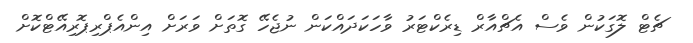
ޗެޓް ލޮގަކުން ވެސް އެޗްއާރް ޑިރެކްޓަރު ވާހަކަދައްކަން ނުޖެހޭ ގޮތަށް ވަރަށް އިންއެޕްރިޕޮރިއޭޓްކޮށް